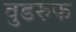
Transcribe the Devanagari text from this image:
वुडरुफ